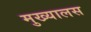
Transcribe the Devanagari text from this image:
मुख्यालस